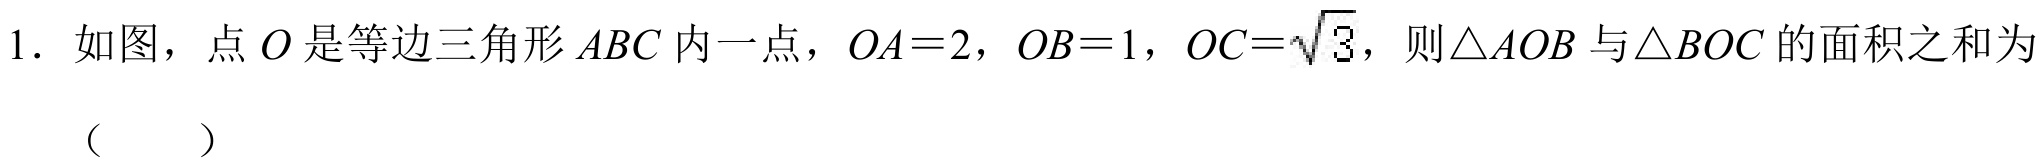
1．如图，点 \(O\) 是等边三角形 \(ABC\) 内一点，\(OA = 2\)，\(OB = 1\)，\(OC=\sqrt{3}\)，则\(\triangle AOB\) 与\(\triangle BOC\) 的面积之和为（  ）